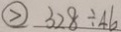
\textcircled { > } 3 2 8 \div 4 6